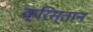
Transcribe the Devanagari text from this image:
क्रिस्तान